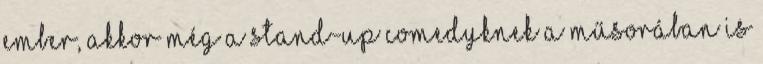
ember, akkor még a stand-up comedyknek a műsorában is